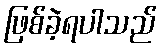
ဖြစ်ခဲ့ရပါသည်